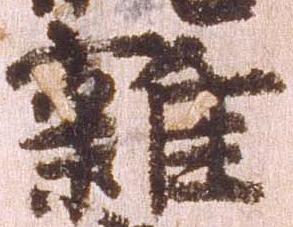
雑